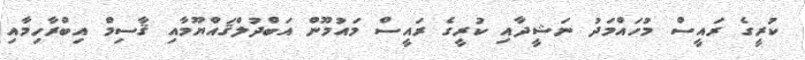
ކުރީގެ ރައީސް މުހައްމަދު ނަޝީދާއި ކުރީގެ ރައީސް މައުމޫން އަބްދުލްޤައްޔޫމާއި ޤާސިމް އިބްރާހިމާއި